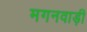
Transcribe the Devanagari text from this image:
मगनवाड़ी